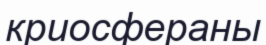
криосфераны